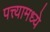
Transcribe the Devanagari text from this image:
पत्त्यामध्ये